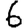
Digit: 6